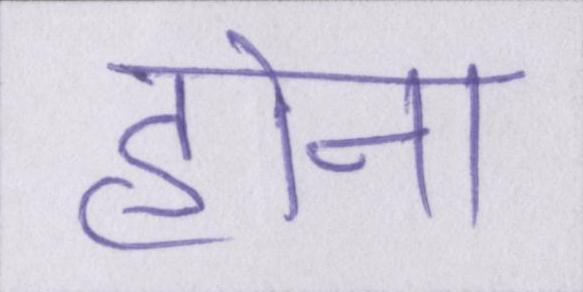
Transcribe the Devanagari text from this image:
होना